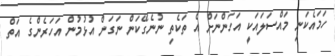
ހަމައެކަނި މައްސަލައަކީ އަހަންނަށް އެ ތަކެތި ނުނެގޭކަން ނަގަން އުޅުމުން އަހަރެންގެ އަތް